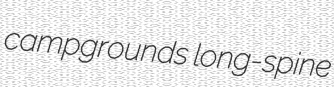
campgrounds long-spine